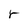
Character: r